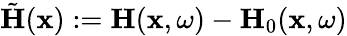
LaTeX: \tilde{\mathbf{H}}(\mathbf{x}):=\mathbf{H}(\mathbf{x},\omega)-\mathbf{H}_{0}(\mathbf{x},\omega)